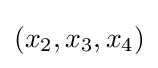
(x_{2},x_{3},x_{4})